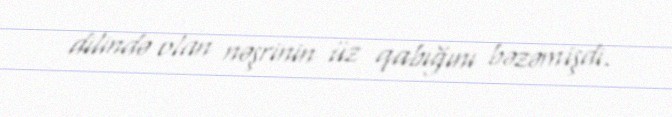
dilində olan nəşrinin üz qabığını bəzəmişdi.